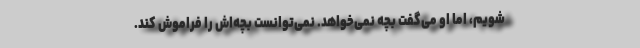
شویم، اما او می‌گفت بچه نمی‌خواهد. نمی‌توانست بچه‌اش را فراموش کند.